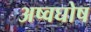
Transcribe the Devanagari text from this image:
अष्वघोष